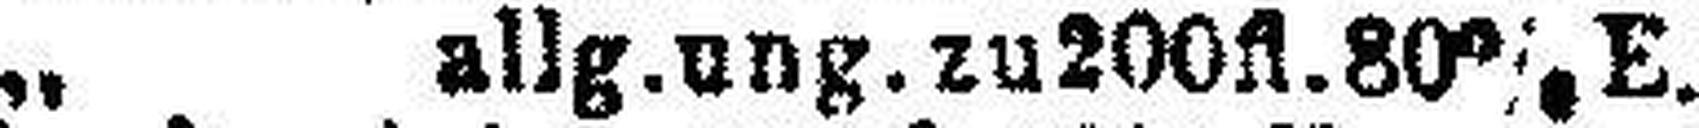
„ allg.ung.zu 200fl. 80% E.